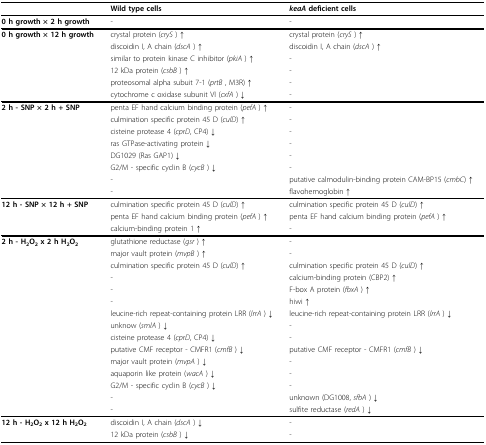
<table><thead><tr><td></td><td><b>Wild type cells</b></td><td><b><i>keaA </i>deficient cells</b></td></tr></thead><tbody><tr><td><b>0 h growth × 2 h growth</b></td><td>-</td><td>-</td></tr><tr><td><b>0 h growth × 12 h growth</b></td><td>crystal protein (<i>cryS </i>) ↑</td><td>crystal protein (<i>cryS </i>) ↑</td></tr><tr><td></td><td>discoidin I, A chain (<i>dscA </i>) ↑</td><td>discoidin I, A chain (<i>dscA </i>) ↑</td></tr><tr><td></td><td>similar to protein kinase C inhibitor (<i>pkiA </i>) ↑</td><td>-</td></tr><tr><td></td><td>12 kDa protein (<i>csbB </i>) ↑</td><td>-</td></tr><tr><td></td><td>proteosomal alpha subuit 7-1 (<i>prtB </i>, M3R) ↑</td><td>-</td></tr><tr><td></td><td>cytochrome c oxidase subunit VI (<i>cxfA </i>) ↓</td><td>-</td></tr><tr><td><b>2 h - SNP × 2 h + SNP</b></td><td>penta EF hand calcium binding protein (<i>pefA </i>) ↑</td><td>-</td></tr><tr><td></td><td>culmination specific protein 45 D (<i>culD</i>) ↑</td><td>-</td></tr><tr><td></td><td>cisteine protease 4 (<i>cprD</i>, CP4) ↓</td><td>-</td></tr><tr><td></td><td>ras GTPase-activating protein ↓</td><td>-</td></tr><tr><td></td><td>DG1029 (Ras GAP1) ↓</td><td>-</td></tr><tr><td></td><td>G2/M - specific cyclin B (<i>cycB </i>) ↓</td><td>-</td></tr><tr><td></td><td>-</td><td>putative calmodulin-binding protein CAM-BP15 (<i>cmbC</i>) ↑</td></tr><tr><td></td><td>-</td><td>flavohemoglobin ↑</td></tr><tr><td><b>12 h - SNP × 12 h + SNP</b></td><td>culmination specific protein 45 D (<i>culD</i>) ↑</td><td>culmination specific protein 45 D (<i>culD</i>) ↑</td></tr><tr><td></td><td>penta EF hand calcium binding protein (<i>pefA </i>) ↑</td><td>penta EF hand calcium binding protein (<i>pefA </i>) ↑</td></tr><tr><td></td><td>calcium-binding protein 1 ↑</td><td>-</td></tr><tr><td><b>2 h - H<sub>2</sub>O<sub>2 </sub>x 2 h H<sub>2</sub>O<sub>2</sub></b></td><td>glutathione reductase (<i>gsr </i>) ↑</td><td>-</td></tr><tr><td></td><td>major vault protein (<i>mvpB </i>) ↑</td><td>-</td></tr><tr><td></td><td>culmination specific protein 45 D (<i>culD</i>) ↑</td><td>culmination specific protein 45 D (<i>culD</i>) ↑</td></tr><tr><td></td><td>-</td><td>calcium-binding protein (CBP2) ↑</td></tr><tr><td></td><td>-</td><td>F-box A protein (<i>fbxA </i>) ↑</td></tr><tr><td></td><td>-</td><td>hiwi ↑</td></tr><tr><td></td><td>leucine-rich repeat-containing protein LRR (<i>lrrA </i>) ↓</td><td>leucine-rich repeat-containing protein LRR (<i>lrrA </i>) ↓</td></tr><tr><td></td><td>unknow (<i>smlA </i>) ↓</td><td>-</td></tr><tr><td></td><td>cisteine protease 4 (<i>cprD</i>, CP4) ↓</td><td>-</td></tr><tr><td></td><td>putative CMF receptor - CMFR1 (<i>cmfB </i>) ↓</td><td>putative CMF receptor - CMFR1 (<i>cmfB </i>) ↓</td></tr><tr><td></td><td>major vault protein (<i>mvpA </i>) ↓</td><td>-</td></tr><tr><td></td><td>aquaporin like protein (<i>wacA </i>) ↓</td><td>-</td></tr><tr><td></td><td>G2/M - specific cyclin B (<i>cycB </i>) ↓</td><td>-</td></tr><tr><td></td><td>-</td><td>unknown (DG1008, <i>sfbA </i>) ↓</td></tr><tr><td></td><td>-</td><td>sulfite reductase (<i>redA </i>) ↓</td></tr><tr><td><b>12 h - H<sub>2</sub>O<sub>2 </sub>x 12 h H<sub>2</sub>O<sub>2</sub></b></td><td>discoidin I, A chain (<i>dscA </i>) ↓</td><td>-</td></tr><tr><td></td><td>12 kDa protein (<i>csbB </i>) ↓</td><td>-</td></tr></tbody></table>